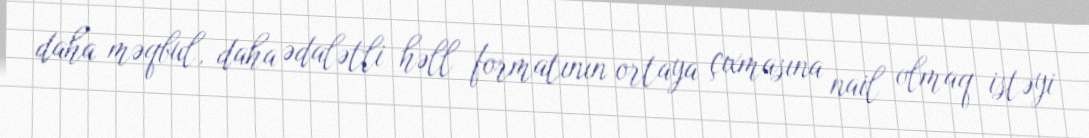
daha məqbul, daha ədalətli həll formatının ortaya çıxmasına nail olmaq istəyi